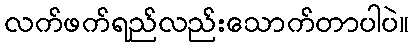
လက်ဖက်ရည်လည်းသောက်တာပါပဲ။